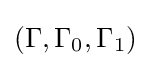
(\Gamma ,\Gamma _{0},\Gamma _{1})